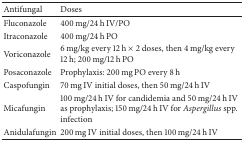
<table><thead><tr><td><b>Antifungal</b></td><td><b>Doses</b></td></tr></thead><tbody><tr><td>Fluconazole</td><td>400 mg/24 h IV/PO</td></tr><tr><td>Itraconazole</td><td>400 mg/24 h PO</td></tr><tr><td>Voriconazole</td><td>6 mg/kg every 12 h × 2 doses, then 4 mg/kg every 12 h; 200 mg/12 h PO</td></tr><tr><td>Posaconazole</td><td>Prophylaxis: 200 mg PO every 8 h</td></tr><tr><td>Caspofungin</td><td>70 mg IV initial doses, then 50 mg/24 h IV</td></tr><tr><td>Micafungin</td><td>100 mg/24 h IV for candidemia and 50 mg/24 h IV as prophylaxis; 150 mg/24 h IV for <i>Aspergillus</i> spp. infection</td></tr><tr><td>Anidulafungin</td><td>200 mg IV initial doses, then 100 mg/24 h IV</td></tr></tbody></table>